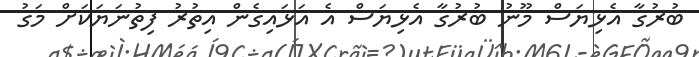
ބުރުގާ އެޅިޔަސް މޫނު ބުރުގާ އެޅިޔަސް އެ އަޅައިގެން އިތުރު ފިތުނަޔަކަށް މަގު